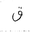
Letter: _qaf